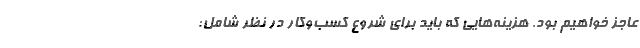
عاجز خواهیم بود. هزینه‌هایی که باید برای شروع کسب‌وکار در نظر شامل: